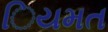
િયમત